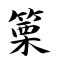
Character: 篥